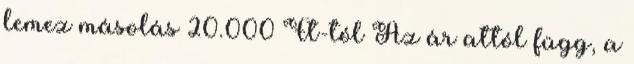
lemez másolás 20.000 Ft-tól Az ár attól függ, a